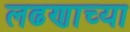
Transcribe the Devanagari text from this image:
लढणाच्या